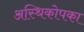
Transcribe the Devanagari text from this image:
अस्थिकोपका